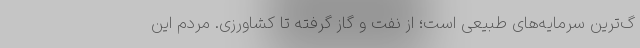
گ‌ترین سرمایه‌های طبیعی است؛ از نفت و گاز گرفته تا کشاورزی. مردم این